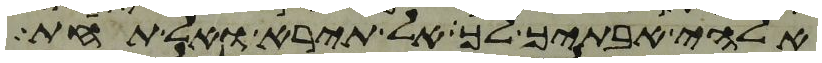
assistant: אלהי אבתיך לך אל תירא ואל תחת